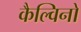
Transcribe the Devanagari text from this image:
कैल्विनो